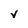
Character: V